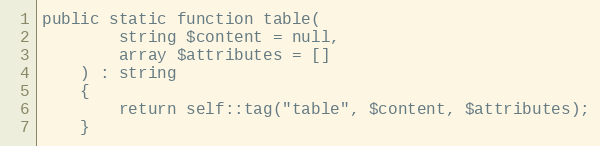
Language: PHP
public static function table(
        string $content = null,
        array $attributes = []
    ) : string
    {
        return self::tag("table", $content, $attributes);
    }